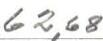
62,68